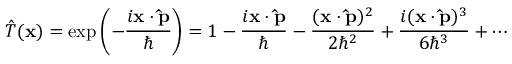
{ \hat { T } } ( \mathbf { x } ) = \exp \left( - { \frac { i \mathbf { x } \cdot \mathbf { \hat { p } } } { \hbar } } \right) = 1 - { \frac { i \mathbf { x } \cdot \mathbf { \hat { p } } } { \hbar } } - { \frac { ( \mathbf { x } \cdot \mathbf { \hat { p } } ) ^ { 2 } } { 2 \hbar ^ { 2 } } } + { \frac { i ( \mathbf { x } \cdot \mathbf { \hat { p } } ) ^ { 3 } } { 6 \hbar ^ { 3 } } } + \cdots